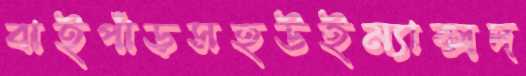
বাইপাঁড়সহউইম্যাক্সদ